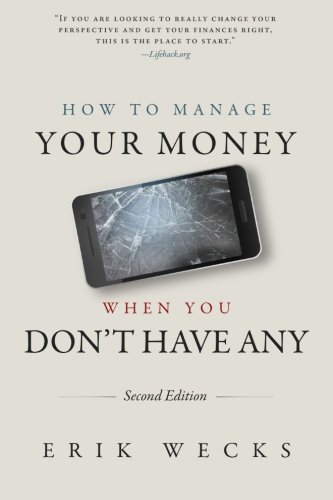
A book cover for How to Manage Your Money When You Don't Have Any; Mr Erik Wecks; Business & Money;